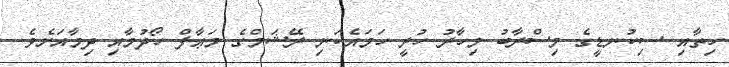
ހިތާއި ސިކުނޑީގެ މިސްރާބު މިހާރު ހުރީ ހަމައެކަނި ރޭޝަމްގެ މަޢާފް ހޯދުމާއި ދިމާއަށެވެ.